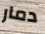
دمار